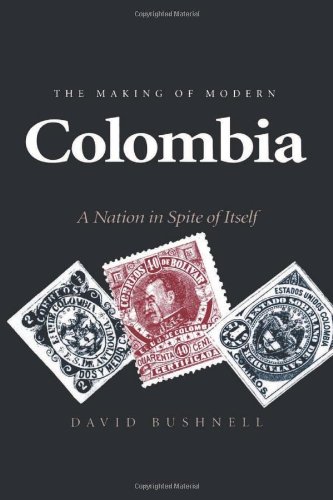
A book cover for The Making of Modern Colombia: A Nation in Spite of Itself; David Bushnell; History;